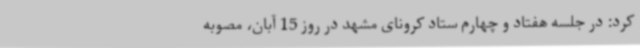
کرد: در جلسه هفتاد و چهارم ستاد کرونای مشهد در روز 15 آبان، مصوبه